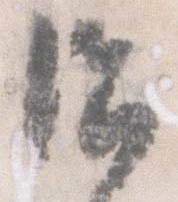
治